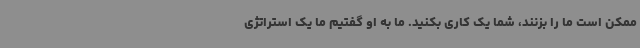
ممکن است ما را بزنند، شما یک کاری بکنید. ما به او گفتیم ما یک استراتژی